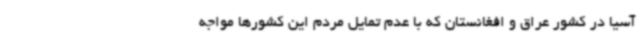
آسیا در کشور عراق و افغانستان که با عدم تمایل مردم این کشورها مواجه